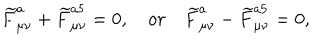
LaTeX: \widetilde { F } _ { \mu \nu } ^ { a } + \widetilde { F } _ { \mu \nu } ^ { a 5 } = 0 , \quad o r \quad \widetilde { F } _ { \mu \nu } ^ { a } - \widetilde { F } _ { \mu \nu } ^ { a 5 } = 0 ,